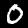
Label: 0